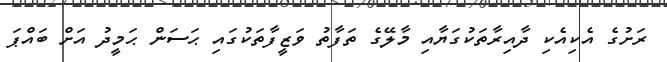
ރަށުގެ އެކިއެކި ދާއިރާތަކުގަޔާއި މާލޭގެ ތަފާތު ވަޒީފާތަކުގައި ޙަސަން ޙަމީދު އަށް ބައްޕަ